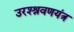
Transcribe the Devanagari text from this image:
उरश्श्रवणयंत्र